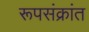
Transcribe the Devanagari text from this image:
रूपसंक्रांत